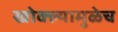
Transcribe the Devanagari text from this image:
खोक्ल्यामुळेच